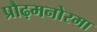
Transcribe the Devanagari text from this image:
प्रौढ़मनोरमा